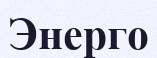
Энерго